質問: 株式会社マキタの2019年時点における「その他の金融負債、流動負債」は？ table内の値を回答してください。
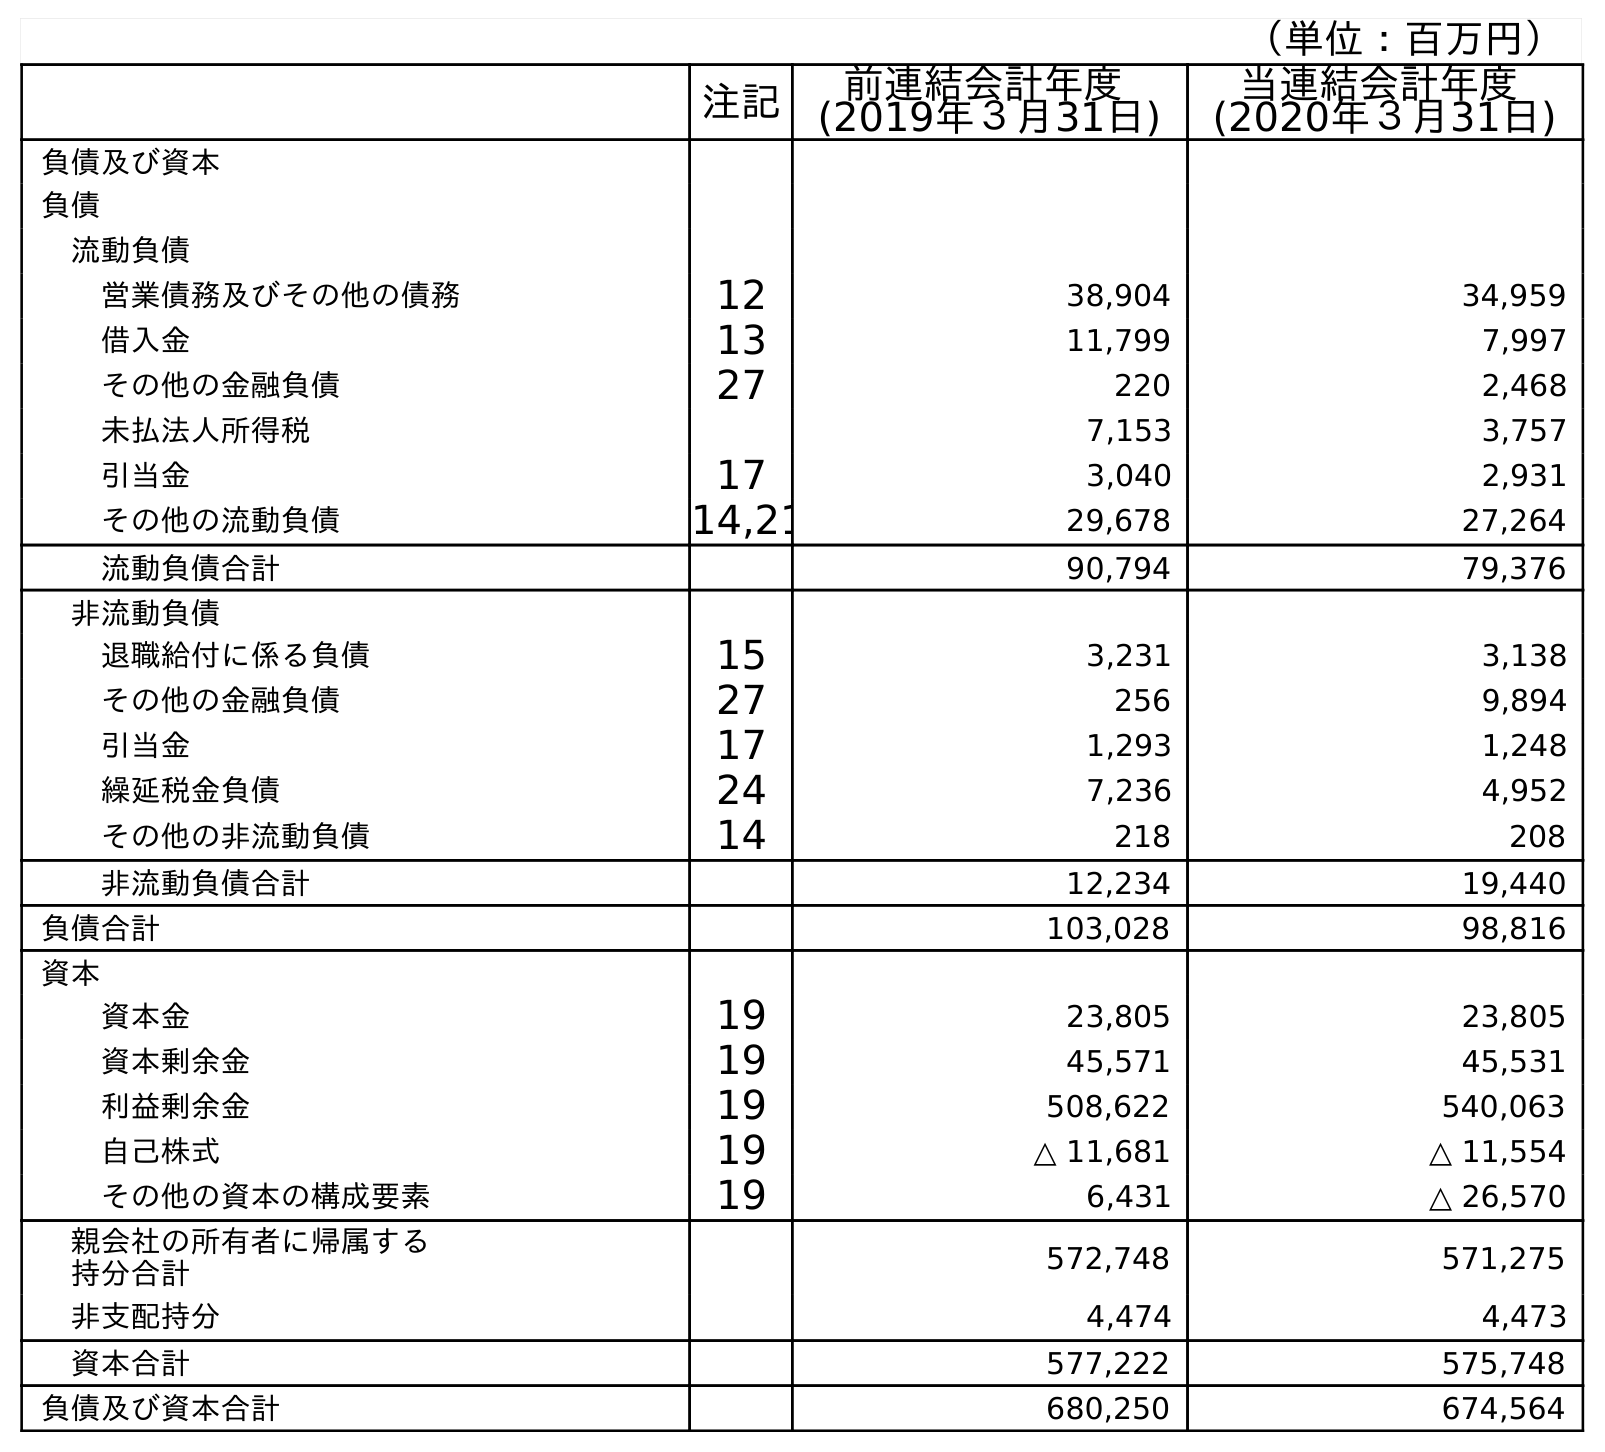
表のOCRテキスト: （単位：百万円） 注記 前連結会計年度 (2019年３月31日) 当連結会計年度 (2020年３月31日) 負債及び資本 負債 流動負債 営業債務及びその他の債務 12 38,904 34,959 借入金 13 11,799 7,997 その他の金融負債 27 220 2,468 未払法人所得税 7,153 3,757 引当金 17 3,040 2,931 その他の流動負債 14,21 29,678 27,264 流動負債合計 90,794 79,376 非流動負債 退職給付に係る負債 15 3,231 3,138 その他の金融負債 27 256 9,894 引当金 17 1,293 1,248 繰延税金負債 24 7,236 4,952 その他の非流動負債 14 218 208 非流動負債合計 12,234 19,440 負債合計 103,028 98,816 資本 資本金 19 23,805 23,805 資本剰余金 19 45,571 45,531 利益剰余金 19 508,622 540,063 自己株式 19 △ 11,681 △ 11,554 その他の資本の構成要素 19 6,431 △ 26,570 親会社の所有者に帰属する 持分合計 572,748 571,275 非支配持分 4,474 4,473 資本合計 577,222 575,748 負債及び資本合計 680,250 674,564
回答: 220